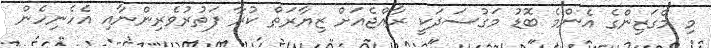
މި މެގަޒިންގެ އެންމެ ބޮޑު މަގުސަދަކީ ރާއްޖެއަށް ޒިޔާރަތް ކުރާ ފަތުރުވެރިންނާއި އެހެނިހެން